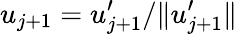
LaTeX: u_{j+1}=u_{j+1}^{\prime}/\| u_{j+1}^{\prime}\|